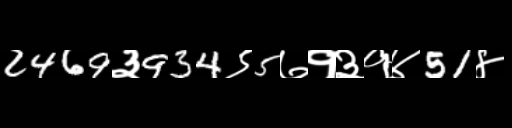
Text: 2469३934९5७१३१४51४